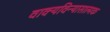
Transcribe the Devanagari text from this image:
वाक्यविन्यासात्मक